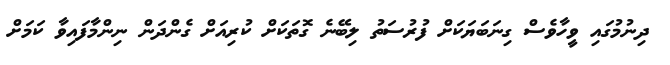
ދިނުމުގައި ވީހާވެސް ގިނަބަޔަކަށް ފުރުސަތު ލިބޭނެ ގޮތަަކަށް ކުރިއަށް ގެންދަން ނިންމާފައިވާ ކަަމަށް